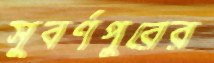
সুবর্ণপুরের